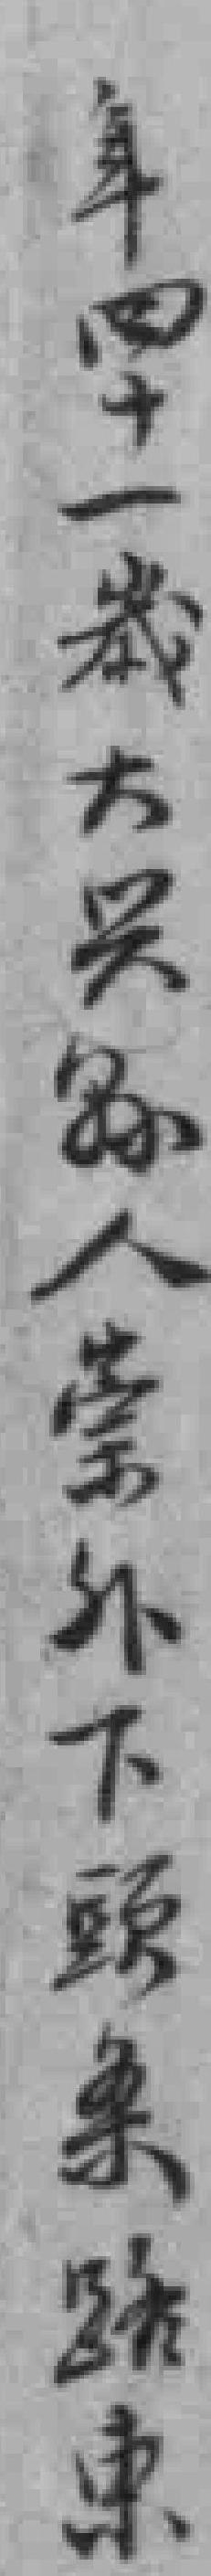
年四十一歲大兴縣人崇外下頭条路東